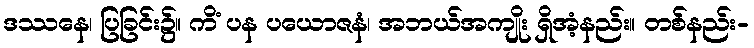
ဒဿနေ၊ ပြခြင်း၌။ ကိံ ပန ပယောဇနံ၊ အဘယ်အကျိုး ရှိအံ့နည်း။ တစ်နည်း-